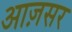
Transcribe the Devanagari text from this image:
आज़सर